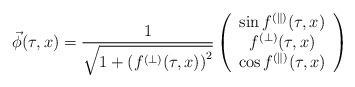
LaTeX: \begin{align*}\vec{\phi}(\tau,x) = \frac{1}{\sqrt{1+\left(f^{(\perp)}(\tau,x)\right)^2}}\left(\begin{array}{c} \sin f^{(\parallel)}(\tau,x) \\ f^{(\perp)}(\tau,x) \\\cos f^{(\parallel)}(\tau,x) \end{array} \right)\end{align*}